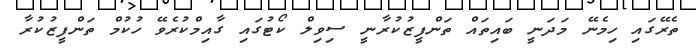
ތެރޭގައި ހިމެނޭ މަދަނީ ބައިތައް ތަންފީޒުކުރާނީ ސިވިލް ކޯޓުގައި ގާއިމްކުރެވޭ ހުކުމް ތަންފީޒުކުރާ